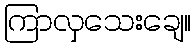
ကြာလှသေးချေ။